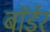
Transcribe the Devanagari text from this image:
बाॅर्डर